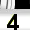
Digit: 3